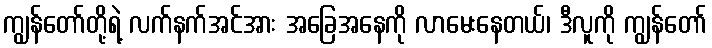
ကျွန်တော်တို့ရဲ့ လက်နက်အင်အား အခြေအနေကို လာမေးနေတယ်၊ ဒီလူကို ကျွန်တော်